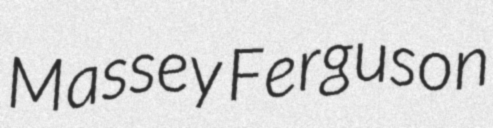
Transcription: Massey Ferguson